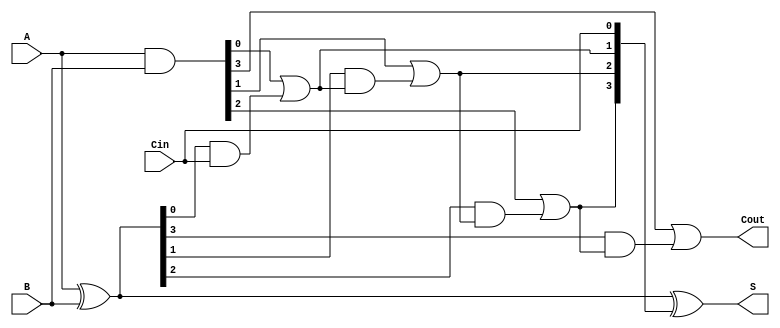
module CarryLookaheadAdder #(parameter N = 4) (
    input  [N-1:0] A,    // First input
    input  [N-1:0] B,    // Second input
    input         Cin,    // Carry-in
    output [N-1:0] S,     // Sum output
    output        Cout     // Carry-out
);

    // Generate and propagate signals
    wire [N-1:0] G; // Generate
    wire [N-1:0] P; // Propagate
    wire [N:0] C;   // Carry signals

    // Generate and propagate calculations
    assign G = A & B;            // Generate
    assign P = A ^ B;            // Propagate

    // Carry calculations
    assign C[0] = Cin;           // C0 = Cin

    genvar i;
    generate
        for (i = 0; i < N; i = i + 1) begin : carry_calc
            if (i == 0) begin
                assign C[i + 1] = G[i] | (P[i] & C[i]); // C1
            end else begin
                assign C[i + 1] = G[i] | (P[i] & C[i]); // Ci+1
            end
        end
    endgenerate

    // Carry-out
    assign Cout = C[N];           // Cout = CN

    // Sum calculation
    assign S = P ^ C[N-1:0];      // Sum = P XOR carry

endmodule